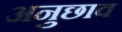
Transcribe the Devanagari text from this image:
अनुछाव